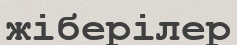
жіберілер